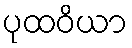
ပုထဝိယာ